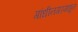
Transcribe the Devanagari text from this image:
गांधीनगरमधून